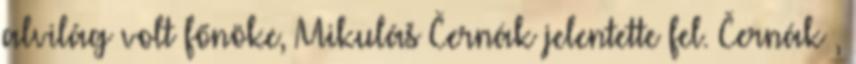
alvilág volt főnöke, Mikuláš Černák jelentette fel. Černák ,